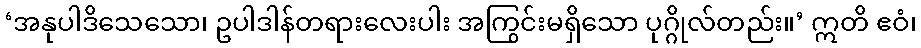
‘အနုပါဒိသေသော၊ ဥပါဒါန်တရားလေးပါး အကြွင်းမရှိသော ပုဂ္ဂိုလ်တည်း။’ ဣတိ ဧဝံ၊